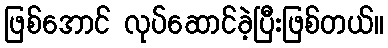
ဖြစ်အောင် လုပ်ဆောင်ခဲ့ပြီးဖြစ်တယ်။